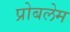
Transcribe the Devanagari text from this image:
प्रोबलेम